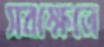
সবক্ষেত্রে